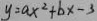
y = a x ^ { 2 } + b x - 3